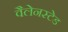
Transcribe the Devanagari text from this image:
वैलेनस्टेड